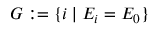
G : = \{ i \mid E _ { i } = E _ { 0 } \}